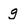
Character: g